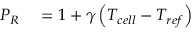
\begin{array} { r l } { P _ { R } } & { { } = 1 + \gamma \left( T _ { c e l l } - T _ { r e f } \right) } \end{array}